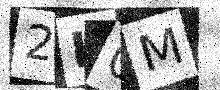
Text: 2L0M